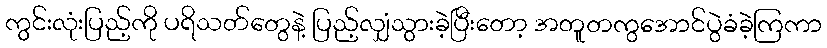
ကွင်းလုံးပြည့်ကို ပရိသတ်တွေနဲ့ ပြည့်လျှံသွားခဲ့ပြီးတော့ အတူတကွအောင်ပွဲခံခဲ့ကြကာ